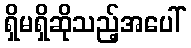
ရှိမရှိဆိုသည့်အပေါ်